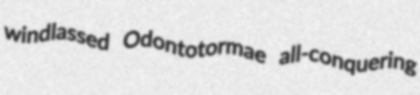
windlassed Odontotormae all-conquering